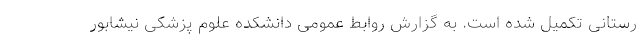
رستانی تکمیل شده است. به گزارش روابط عمومی دانشکده علوم پزشکی نیشابور